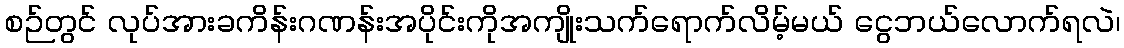
စဉ်တွင် လုပ်အားခကိန်းဂဏန်းအပိုင်းကိုအကျိုးသက်ရောက်လိမ့်မယ် ငွေဘယ်လောက်ရလဲ၊